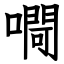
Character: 㗿